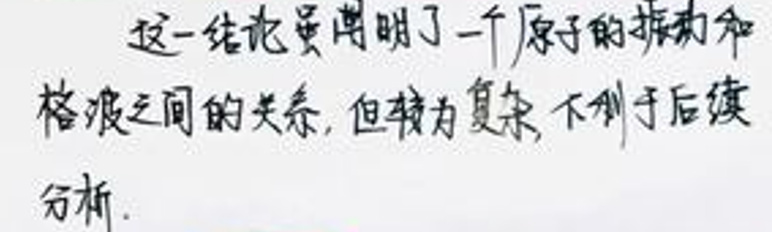
这一结论虽阐明了一个原子的振动和格波之间的关系, 但较为复杂, 不利于后续分析.